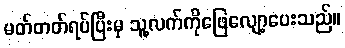
မတ်တတ်ရပ်ပြီးမှ သူ့လက်ကိုဖြေလျော့ပေးသည်။